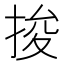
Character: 捘